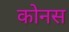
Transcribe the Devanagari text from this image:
कोनस